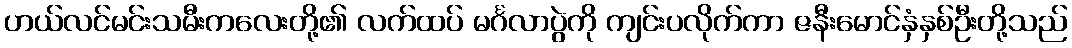
ဟယ်လင်မင်းသမီးကလေးတို့၏ လက်ထပ် မင်္ဂလာပွဲကို ကျင်းပလိုက်ကာ ဇနီးမောင်နှံနှစ်ဦးတို့သည်